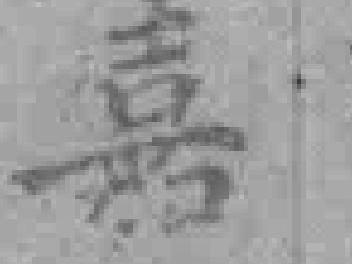
嘉